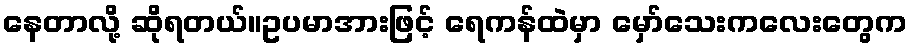
နေတာလို့ ဆိုရတယ်။ဥပမာအားဖြင့် ရေကန်ထဲမှာ မှော်သေးကလေးတွေက